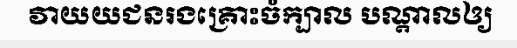
វាយយជនរងគ្រោះចំក្បាល បណ្តាលឲ្យ